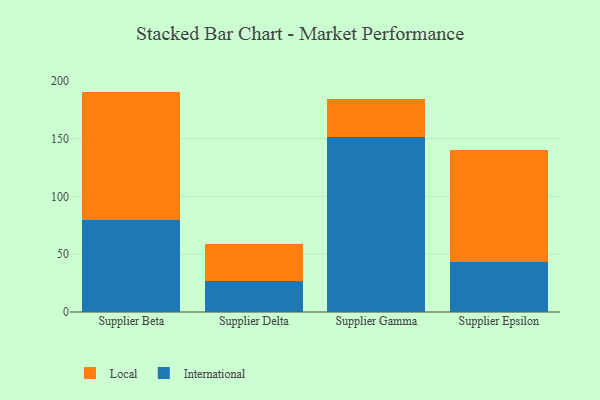
{"axis": {"x": "Supplier", "y": "Website Visitors"}, "legend": ["International", "Local"], "data": [{"x": "Supplier Beta", "y": 79.9, "type": "International"}, {"x": "Supplier Beta", "y": 110.8, "type": "Local"}, {"x": "Supplier Delta", "y": 26.4, "type": "International"}, {"x": "Supplier Delta", "y": 32.5, "type": "Local"}, {"x": "Supplier Gamma", "y": 151.5, "type": "International"}, {"x": "Supplier Gamma", "y": 33.0, "type": "Local"}, {"x": "Supplier Epsilon", "y": 43.3, "type": "International"}, {"x": "Supplier Epsilon", "y": 97.1, "type": "Local"}]}